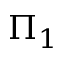
\Pi _ { 1 }